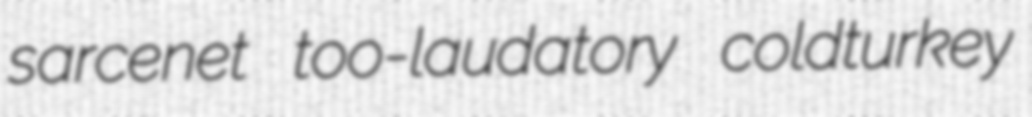
sarcenet too-laudatory coldturkey